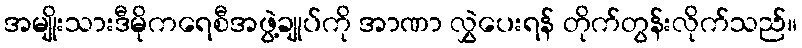
အမျိုးသားဒီမိုကရေစီအဖွဲ့ချုပ်ကို အာဏာ လွှဲပေးရန် တိုက်တွန်းလိုက်သည်။